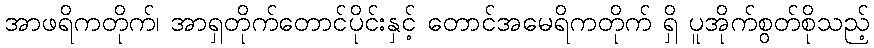
အာဖရိကတိုက်၊ အာရှတိုက်တောင်ပိုင်းနှင့် တောင်အမေရိကတိုက် ရှိ ပူအိုက်စွတ်စိုသည့်